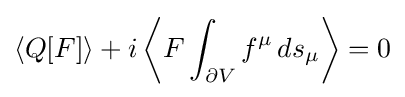
\langle Q[F]\rangle +i\left\langle F\int _{\partial V}f^{\mu }\,ds_{\mu }\right\rangle =0